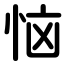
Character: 恼